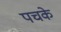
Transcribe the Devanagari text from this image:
पचके